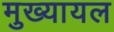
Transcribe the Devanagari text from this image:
मुख्‍यायल